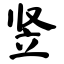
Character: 竖